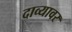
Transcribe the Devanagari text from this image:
दाव्यावर